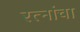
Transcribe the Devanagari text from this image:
रत्नांचा